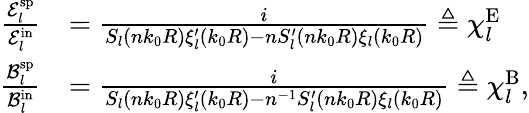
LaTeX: \begin{array}{rl}{\frac{\mathcal{E}_{l}^{\mathrm{sp}}}{\mathcal{E}_{l}^{\mathrm{in}}}}&{=\frac{i}{S_{l}(nk_{0}R)\xi_{l}^{\prime}(k_{0}R)-nS_{l}^{\prime}(nk_{0}R)\xi_{l}(k_{0}R)}\triangleq\chi_{l}^{\mathrm{E}}}\\ {\frac{\mathcal{B}_{l}^{\mathrm{sp}}}{\mathcal{B}_{l}^{\mathrm{in}}}}&{=\frac{i}{S_{l}(nk_{0}R)\xi_{l}^{\prime}(k_{0}R)-n^{-1}S_{l}^{\prime}(nk_{0}R)\xi_{l}(k_{0}R)}\triangleq\chi_{l}^{\mathrm{B}},}\end{array}